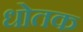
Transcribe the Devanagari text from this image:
धोतक